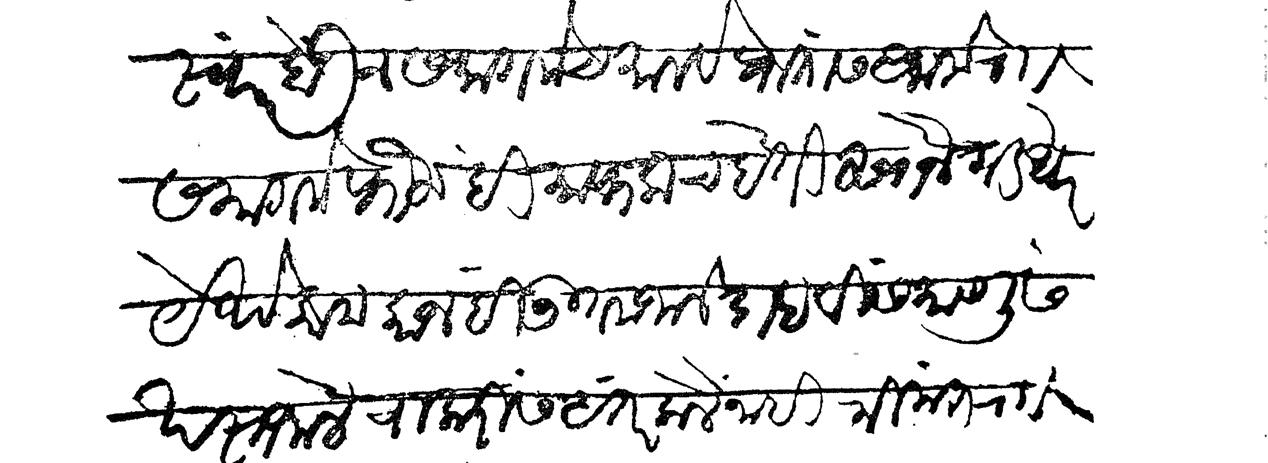
Transliteration (Devanagari): स्वार होऊन समागमेच मालवे प्रांतास आलो राा समागमे फौजहि माफकच होती सोनगड थेर येथे कामकाजहि उत्तम जाले दाहा वीस माणूस खस्त जाले चाकरीस अंतर केले नाहीं श्रीमंत राा